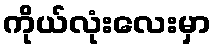
ကိုယ်လုံးလေးမှာ